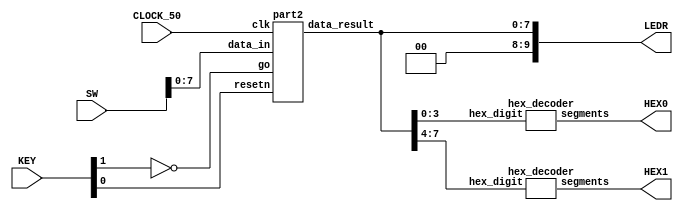
//Sw[7:0] data_in

//KEY[0] synchronous reset when pressed
//KEY[1] go signal

//LEDR displays result
//HEX0 & HEX1 also displays result

module datapathFSM(SW, KEY, CLOCK_50, LEDR, HEX0, HEX1);
    input [9:0] SW;
    input [3:0] KEY;
    input CLOCK_50;
    output [9:0] LEDR;
    output [6:0] HEX0, HEX1;

    wire resetn;
    wire go;

    wire [7:0] data_result;
    assign go = ~KEY[1];
    assign resetn = KEY[0];

    part2 u0(
        .clk(CLOCK_50),
        .resetn(resetn),
        .go(go),
        .data_in(SW[7:0]),
        .data_result(data_result)
    );
      
    assign LEDR[9:0] = {2'b00, data_result};

    hex_decoder H0(
        .hex_digit(data_result[3:0]), 
        .segments(HEX0)
        );
        
    hex_decoder H1(
        .hex_digit(data_result[7:4]), 
        .segments(HEX1)
        );

endmodule

module part2(
    input clk,
    input resetn,
    input go,
    input [7:0] data_in,
    output [7:0] data_result
    );

    // lots of wires to connect our datapath and control
    wire ld_a, ld_b, ld_c, ld_x, ld_r;
    wire ld_alu_out;
    wire [1:0]  alu_select_a, alu_select_b;
    wire alu_op;

    control C0(
        .clk(clk),
        .resetn(resetn),
        
        .go(go),
        
        .ld_alu_out(ld_alu_out), 
        .ld_x(ld_x),
        .ld_a(ld_a),
        .ld_b(ld_b),
        .ld_c(ld_c), 
        .ld_r(ld_r), 
        
        .alu_select_a(alu_select_a),
        .alu_select_b(alu_select_b),
        .alu_op(alu_op)
    );

    datapath D0(
        .clk(clk),
        .resetn(resetn),

        .ld_alu_out(ld_alu_out), 
        .ld_x(ld_x),
        .ld_a(ld_a),
        .ld_b(ld_b),
        .ld_c(ld_c), 
        .ld_r(ld_r), 

        .alu_select_a(alu_select_a),
        .alu_select_b(alu_select_b),
        .alu_op(alu_op),

        .data_in(data_in),
        .data_result(data_result)
    );
                
 endmodule        
                

module control(
    input clk,
    input resetn,
    input go,

    output reg  ld_a, ld_b, ld_c, ld_x, ld_r,
    output reg  ld_alu_out,
    output reg [1:0]  alu_select_a, alu_select_b,
    output reg alu_op
    );

    reg [3:0] current_state, next_state; 
    
    localparam  S_LOAD_A        = 4'd0,
                S_LOAD_A_WAIT   = 4'd1,
                S_LOAD_B        = 4'd2,
                S_LOAD_B_WAIT   = 4'd3,
                S_LOAD_C        = 4'd4,
                S_LOAD_C_WAIT   = 4'd5,
                S_LOAD_X        = 4'd6,
                S_LOAD_X_WAIT   = 4'd7,
                S_CYCLE_0       = 4'd8,
                S_CYCLE_1       = 4'd9,
                S_CYCLE_2       = 4'd10,
					 S_CYCLE_3		  = 4'd11,
					 S_CYCLE_4		  = 4'd12;
    
    // Next state logic aka our state table
    always@(*)
    begin: state_table 
            case (current_state)
                S_LOAD_A: next_state = go ? S_LOAD_A_WAIT : S_LOAD_A; // Loop in current state until value is input
                S_LOAD_A_WAIT: next_state = go ? S_LOAD_A_WAIT : S_LOAD_B; // Loop in current state until go signal goes low
                S_LOAD_B: next_state = go ? S_LOAD_B_WAIT : S_LOAD_B; // Loop in current state until value is input
                S_LOAD_B_WAIT: next_state = go ? S_LOAD_B_WAIT : S_LOAD_C; // Loop in current state until go signal goes low
                S_LOAD_C: next_state = go ? S_LOAD_C_WAIT : S_LOAD_C; // Loop in current state until value is input
                S_LOAD_C_WAIT: next_state = go ? S_LOAD_C_WAIT : S_LOAD_X; // Loop in current state until go signal goes low
                S_LOAD_X: next_state = go ? S_LOAD_X_WAIT : S_LOAD_X; // Loop in current state until value is input
                S_LOAD_X_WAIT: next_state = go ? S_LOAD_X_WAIT : S_CYCLE_0; // Loop in current state until go signal goes low
                S_CYCLE_0: next_state = S_CYCLE_1;
					 S_CYCLE_1: next_state = S_CYCLE_2;
					 S_CYCLE_2: next_state = S_CYCLE_3;
					 S_CYCLE_3: next_state = S_CYCLE_4;
                S_CYCLE_4: next_state = S_LOAD_A; // we will be done our two operations, start over after
            default:     next_state = S_LOAD_A;
        endcase
    end // state_table
   

    // Output logic aka all of our datapath control signals
    always @(*)
    begin: enable_signals
        // By default make all our signals 0
        ld_alu_out = 1'b0;
        ld_a = 1'b0;
        ld_b = 1'b0;
        ld_c = 1'b0;
        ld_x = 1'b0;
        ld_r = 1'b0;
        alu_select_a = 2'b00;
        alu_select_b = 2'b00;
        alu_op       = 1'b0;

        case (current_state)
            S_LOAD_A: begin
                ld_a = 1'b1;
                end
            S_LOAD_B: begin
                ld_b = 1'b1;
                end
            S_LOAD_C: begin
                ld_c = 1'b1;
                end
            S_LOAD_X: begin
                ld_x = 1'b1;
                end
            S_CYCLE_0: begin // do B <- B * X
					ld_alu_out= 1'b1;
					ld_b = 1'b1; // store result into B
					alu_select_a = 2'b01; //select register B
					alu_select_b = 2'b11; //select register X
					alu_op = 1'b1; //multiply
				end
				S_CYCLE_1: begin //do A <- A * X
					ld_b = 1'b0;
					ld_alu_out = 1'b1;
					ld_a = 1'b1; //store result to register A
					alu_select_a = 2'b00; //select register A
					alu_select_b = 2'b11; //select register X
					alu_op = 1'b1; // multiply
				end
				S_CYCLE_2: begin //do A <- A * X (gives us A * X * X)
					ld_alu_out = 1'b1;
					ld_a = 1'b1; //store result to register A
					alu_select_a = 2'b00; //select register A
					alu_select_b = 2'b11; //select register X
					alu_op = 1'b1; //multiply
				end
				S_CYCLE_3: begin //do B <- A + B (gives us AX^2 + BX)
					ld_alu_out = 1'b1;
					ld_a = 1'b1; //store result to register A
					alu_select_a = 2'b00; //select register A
					alu_select_b = 2'b01; //select register B
					alu_op = 1'b0; //add
				end
				S_CYCLE_4: begin //do A + C (gives us AX^2 + BX + C), store result in result register
					ld_a = 1'b0;
					ld_r = 1'b1; //store result in result register
					alu_select_a = 2'b00; //select register A
					alu_select_b = 2'b10; //select register C
					alu_op = 1'b0; //add
				end
        // default:    // don't need default since we already made sure all of our outputs were assigned a value at the start of the always block
        endcase
    end // enable_signals
   
    // current_state registers
    always@(posedge clk)
    begin: state_FFs
        if(!resetn)
            current_state <= S_LOAD_A;
        else
            current_state <= next_state;
    end // state_FFS
endmodule

module datapath(
    input clk,
    input resetn,
    input [7:0] data_in,
    input ld_alu_out, 
    input ld_x, ld_a, ld_b, ld_c,
    input ld_r,
    input alu_op, 
    input [1:0] alu_select_a, alu_select_b,
    output reg [7:0] data_result
    );
    
    // input registers
    reg [7:0] a, b, c, x;

    // output of the alu
    reg [7:0] alu_out;
    // alu input muxes
    reg [7:0] alu_a, alu_b;
    
    // Registers a, b, c, x with respective input logic
    always @ (posedge clk) begin
        if (!resetn) begin
            a <= 8'd0; 
            b <= 8'd0; 
            c <= 8'd0; 
            x <= 8'd0; 
        end
        else begin
            if (ld_a)
                a <= ld_alu_out ? alu_out : data_in; // load alu_out if load_alu_out signal is high, otherwise load from data_in
            if (ld_b)
                b <= ld_alu_out ? alu_out : data_in; // load alu_out if load_alu_out signal is high, otherwise load from data_in
            if (ld_x)
                x <= data_in;

            if (ld_c)
                c <= data_in;
        end
    end
 
    // Output result register
    always @ (posedge clk) begin
        if (!resetn) begin
            data_result <= 8'd0; 
        end
        else 
            if(ld_r)
                data_result <= alu_out;
    end

    // The ALU input multiplexers
    always @(*)
    begin
        case (alu_select_a)
            2'd0:
                alu_a = a;
            2'd1:
                alu_a = b;
            2'd2:
                alu_a = c;
            2'd3:
                alu_a = x;
            default: alu_a = 8'd0;
        endcase

        case (alu_select_b)
            2'd0:
                alu_b = a;
            2'd1:
                alu_b = b;
            2'd2:
                alu_b = c;
            2'd3:
                alu_b = x;
            default: alu_b = 8'd0;
        endcase
    end

    // The ALU 
    always @(*)
    begin : ALU
        // alu
        case (alu_op)
            0: begin
                   alu_out = alu_a + alu_b; //performs addition
               end
            1: begin
                   alu_out = alu_a * alu_b; //performs multiplication
               end
            default: alu_out = 8'd0;
        endcase
    end
    
endmodule


module hex_decoder(hex_digit, segments);
    input [3:0] hex_digit;
    output reg [6:0] segments;
   
    always @(*)
        case (hex_digit)
            4'h0: segments = 7'b100_0000;
            4'h1: segments = 7'b111_1001;
            4'h2: segments = 7'b010_0100;
            4'h3: segments = 7'b011_0000;
            4'h4: segments = 7'b001_1001;
            4'h5: segments = 7'b001_0010;
            4'h6: segments = 7'b000_0010;
            4'h7: segments = 7'b111_1000;
            4'h8: segments = 7'b000_0000;
            4'h9: segments = 7'b001_1000;
            4'hA: segments = 7'b000_1000;
            4'hB: segments = 7'b000_0011;
            4'hC: segments = 7'b100_0110;
            4'hD: segments = 7'b010_0001;
            4'hE: segments = 7'b000_0110;
            4'hF: segments = 7'b000_1110;   
            default: segments = 7'h7f;
        endcase
endmodule